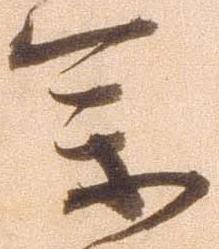
参